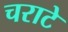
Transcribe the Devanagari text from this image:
चराटे